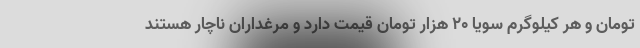
تومان و هر کیلوگرم سویا ۲۰ هزار تومان قیمت دارد و مرغداران ناچار هستند